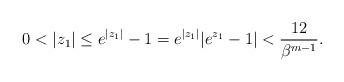
LaTeX: \begin{align*}0<|z_1|\leq e^{|z_1|}-1=e^{|z_1|}|e^{z_1}-1|<\frac{12}{\beta^{m-1}}.\end{align*}